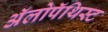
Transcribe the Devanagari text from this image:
अॅलोपॅथिस्ट